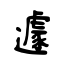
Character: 遽